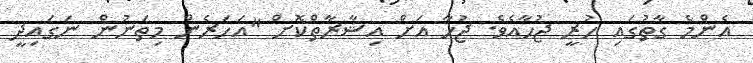
އެންމެ ގާތުގައި ހުރީ ޖުހާއެވެ. ޖުހާ އަށް އިޝާރާތްކޮށް "އަހަރެން މިތަނުން ނަގައިދީ